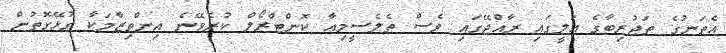
އެތަނުގެ ތަޖުރިބާގެ އަލީގައި ރާއްޖޭގައި ވެސް ތެލެސީމިއާ ކޮންޓްރޯލް ކުރެވޭނެ އިންތިޒާމަކާ ގުޅޭގޮތުން